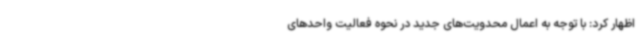
اظهار کرد: با توجه به اعمال محدویت‌های جدید در نحوه فعالیت واحدهای